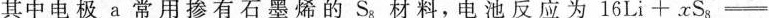
其中电极a常用掺有石墨烯的S8材料，电池反应为16Li+xS8-